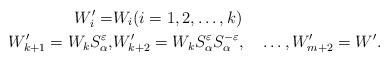
LaTeX: \begin{align*}W'_i=&W_i(i=1,2,\ldots, k)\\W'_{k+1}=W_k S^{\varepsilon}_\alpha,&W'_{k+2}=W_k S^{\varepsilon}_\alpha S^{-\varepsilon}_\alpha,\quad\ldots,W'_{m+2}=W'.\end{align*}